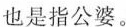
也是指公婆。